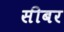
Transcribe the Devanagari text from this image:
सीबर